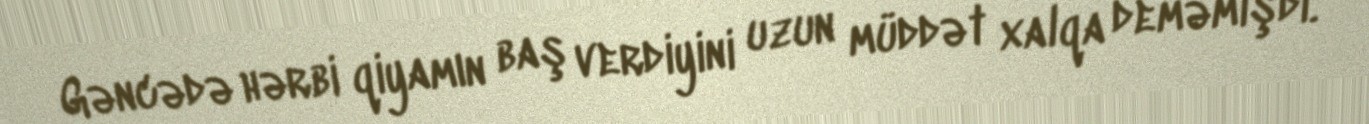
Gəncədə hərbi qiyamın baş verdiyini uzun müddət xalqa deməmişdi.